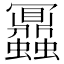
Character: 𧖅